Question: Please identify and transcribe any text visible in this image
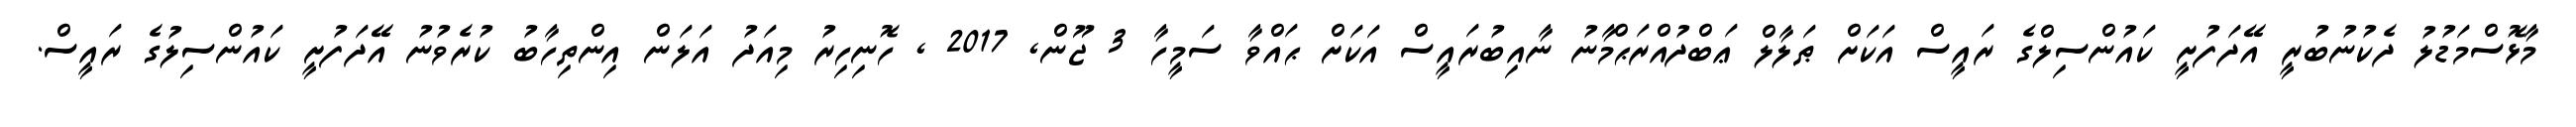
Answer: މާޅޮސްމަޑުލު ދެކުނުބުރީ އޭދަފުށީ ކައުންސިލްގެ ރައީސް އަކަށް ޠަލާލް ޢަބްދުއްރަޙްމާނު ނާއިބުރައީސް އަކަށް ޙައްވާ ސަމީހާ 3 ޖޫން, 2017 , ހޮނިހިރު މިއަދު އަލަން އިންތިހާބު ކުރެވުނު އޭދަފުށީ ކައުންސިލުގެ ރައީސް.